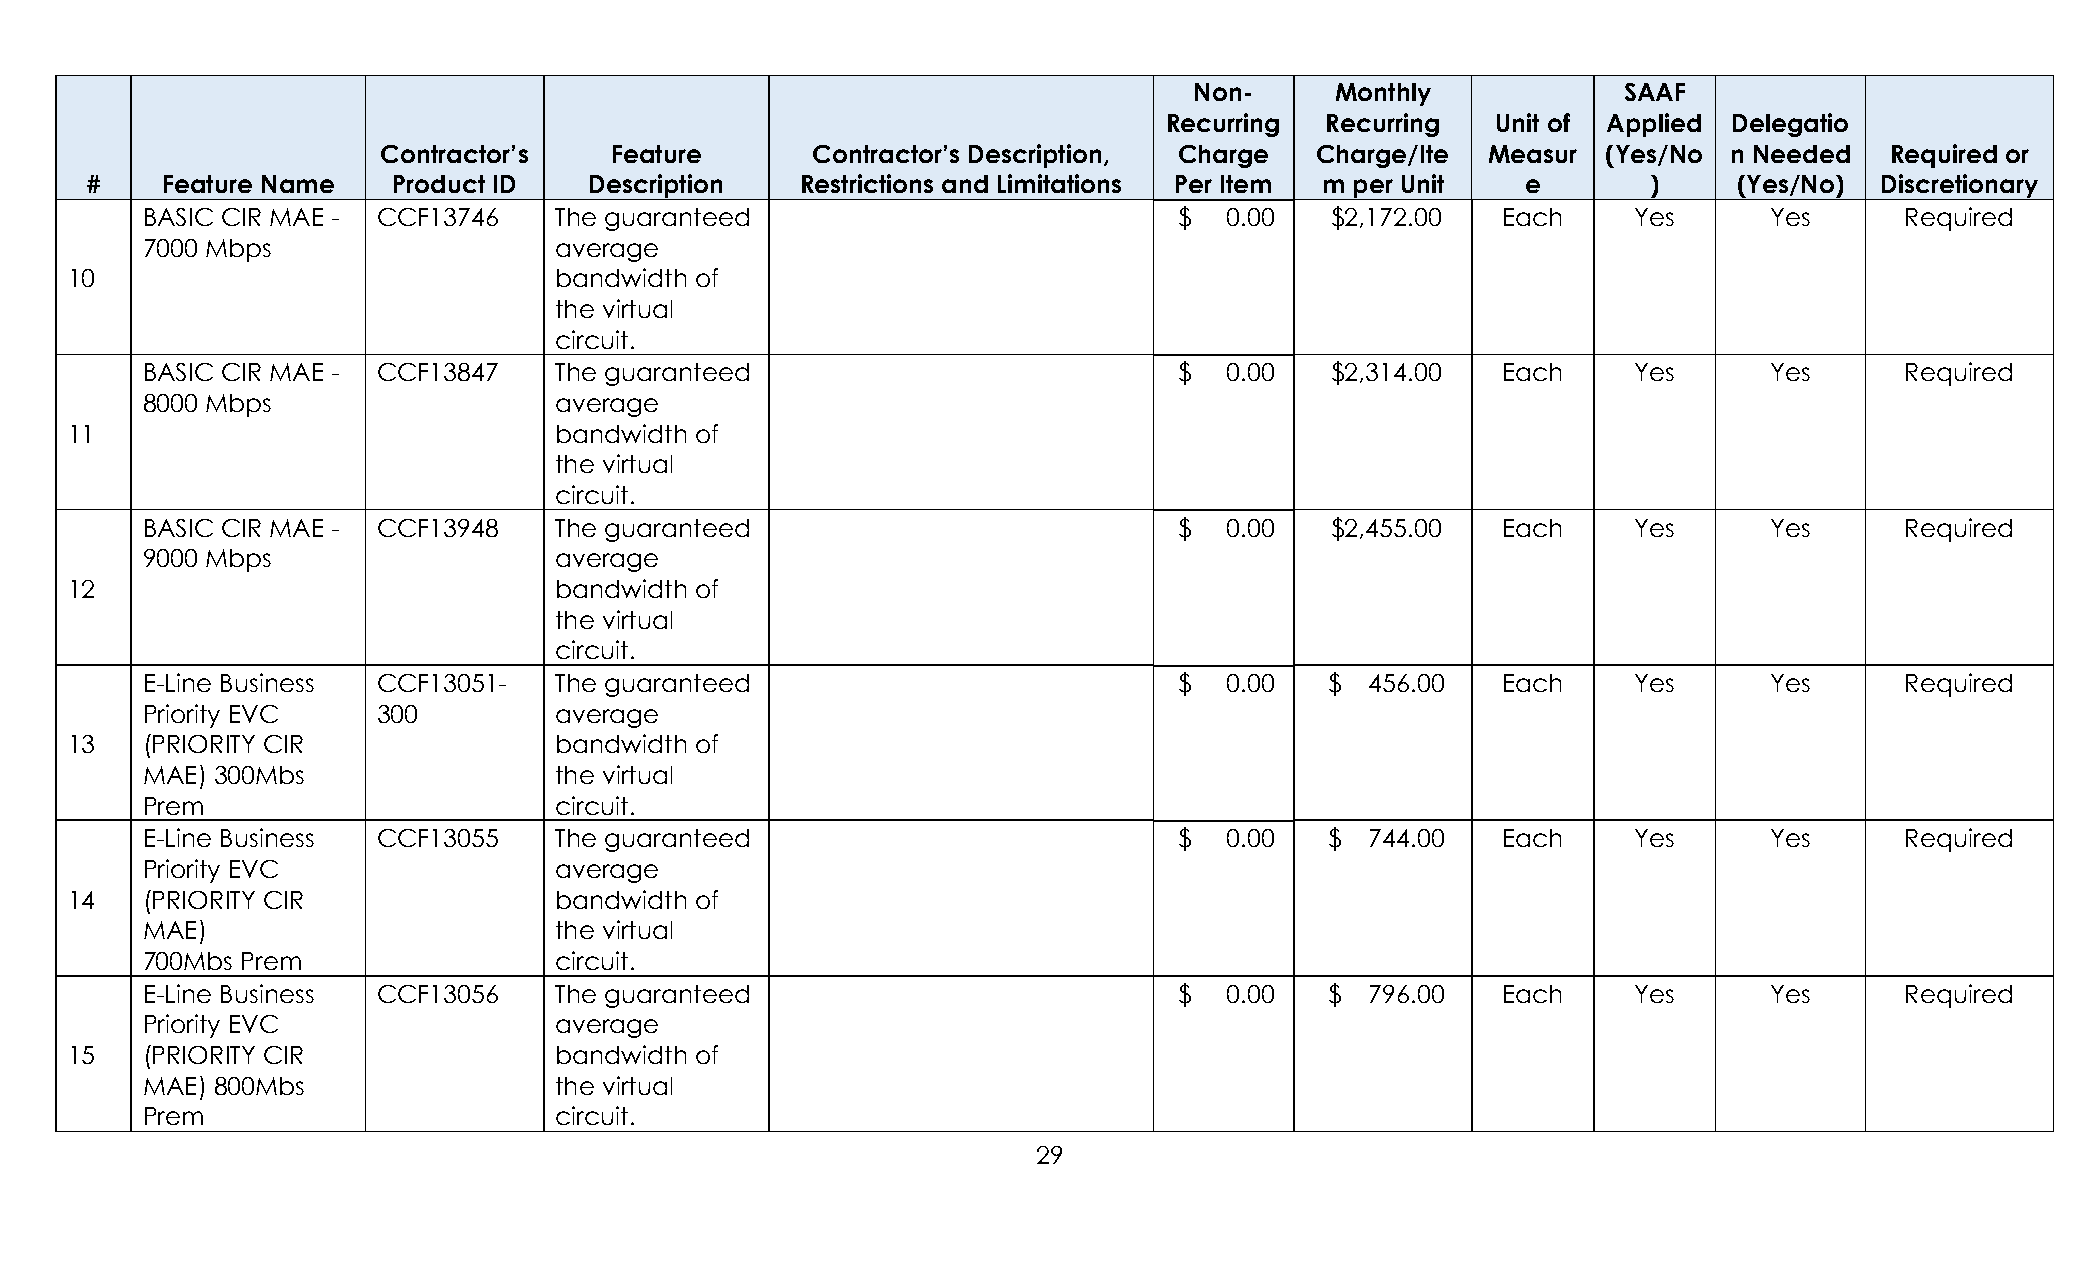
Non-     Monthly            SAAF
 Recurring  Recurring  Unit of Applied Delegatio
 Contractor’s   Feature       Contractor’s Description, Charge Charge/Ite  Measur (Yes/No  n Needed  Required or
 #    Feature Name   Product ID   Description   Restrictions and Limitations Per Item m per Unit e      )     (Yes/No) Discretionary
 BASIC CIR MAE - CCF13746    The guaranteed                           $  0.00   $2,172.00  Each     Yes      Yes      Required
 7000 Mbps                   average
 10                               bandwidth of
 the virtual
 circuit.
 BASIC CIR MAE - CCF13847    The guaranteed                           $  0.00   $2,314.00  Each     Yes      Yes      Required
 8000 Mbps                   average
 11                               bandwidth of
 the virtual
 circuit.
 BASIC CIR MAE - CCF13948    The guaranteed                           $  0.00   $2,455.00  Each     Yes      Yes      Required
 9000 Mbps                   average
 12                               bandwidth of
 the virtual
 circuit.
 E-Line Business CCF13051-   The guaranteed                           $  0.00   $  456.00  Each     Yes      Yes      Required
 Priority EVC    300         average
 13   (PRIORITY CIR               bandwidth of
 MAE) 300Mbs                 the virtual
 Prem                        circuit.
 E-Line Business CCF13055    The guaranteed                           $  0.00   $  744.00  Each     Yes      Yes      Required
 Priority EVC                average
 14   (PRIORITY CIR               bandwidth of
 MAE)                        the virtual
 700Mbs Prem                 circuit.
 E-Line Business CCF13056    The guaranteed                           $  0.00   $  796.00  Each     Yes      Yes      Required
 Priority EVC                average
 15   (PRIORITY CIR               bandwidth of
 MAE) 800Mbs                 the virtual
 Prem                        circuit.
 29